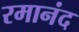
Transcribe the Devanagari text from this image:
रमानंद